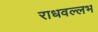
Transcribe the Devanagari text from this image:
राधवल्लभ